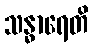
သန္ဓာရေတိ